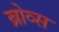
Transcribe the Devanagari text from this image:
ब्रोव्स